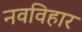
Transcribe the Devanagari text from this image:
नवविहार